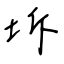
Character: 坼